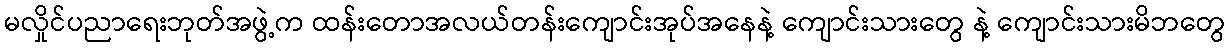
မလှိုင်ပညာရေးဘုတ်အဖွဲ့က ထန်းတောအလယ်တန်းကျောင်းအုပ်အနေနဲ့ ကျောင်းသားတွေ နဲ့ ကျောင်းသားမိဘတွေ